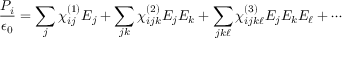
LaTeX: { \frac { P _ { i } } { \epsilon _ { 0 } } } = \sum _ { j } \chi _ { i j } ^ { ( 1 ) } E _ { j } + \sum _ { j k } \chi _ { i j k } ^ { ( 2 ) } E _ { j } E _ { k } + \sum _ { j k \ell } \chi _ { i j k \ell } ^ { ( 3 ) } E _ { j } E _ { k } E _ { \ell } + \cdots